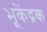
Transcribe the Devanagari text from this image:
भूकेंद्रक